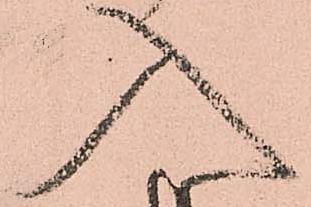
入